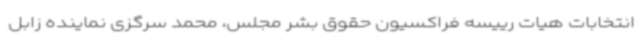
انتخابات هیات رییسه فراکسیون حقوق بشر مجلس، محمد سرگزی نماینده زابل